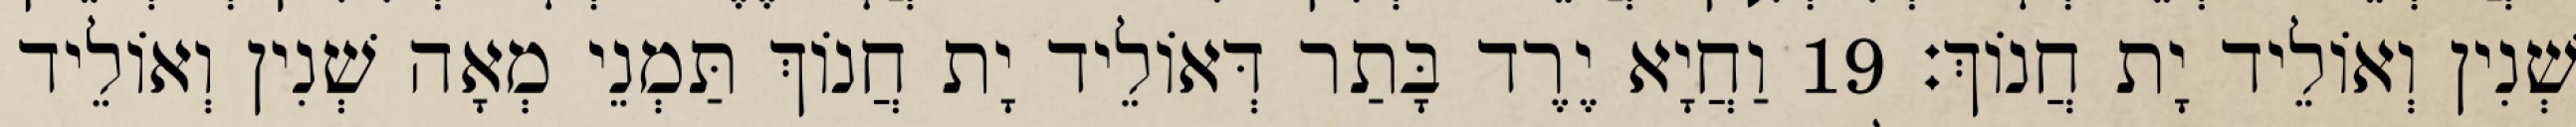
שְׁנִין וְאוֹלֵיד יָת חֲנוֹךְ׃ 19 וַחֲיָא יֶרֶד בָּתַר דְּאוֹלֵיד יָת חֲנוֹךְ תַּמְנֵי מְאָה שְׁנִין וְאוֹלֵיד